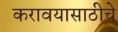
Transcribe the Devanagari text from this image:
करावयासाठीचे